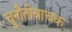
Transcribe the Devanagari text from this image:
चुनौतीबाचक